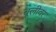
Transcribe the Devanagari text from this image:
चूलीवर